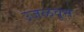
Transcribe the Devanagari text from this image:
उजळवून